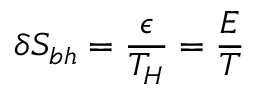
\delta S _ { b h } = \frac { \epsilon } { T _ { H } } = \frac { E } { T }